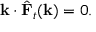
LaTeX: \mathbf { k } \cdot { \hat { \mathbf { F } } } _ { t } ( \mathbf { k } ) = 0 .